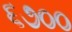
૬૭૦૦